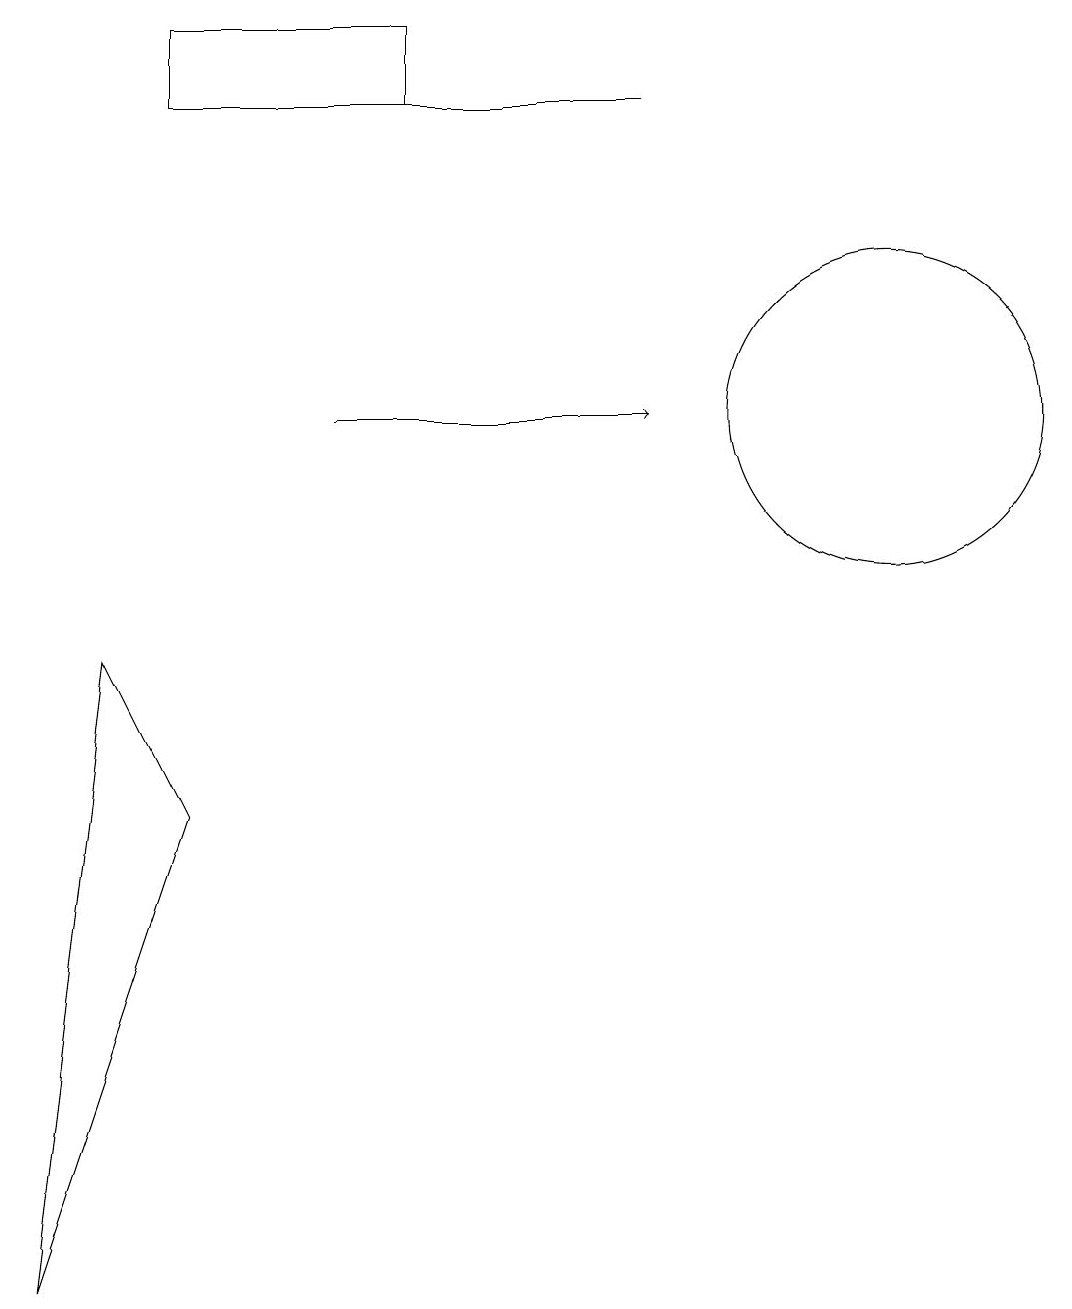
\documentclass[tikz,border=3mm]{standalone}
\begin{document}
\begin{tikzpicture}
\draw (2,15) rectangle (5,16);
\draw (8,15) rectangle (4,15);
\draw (2,6) -- (1,8) -- (0,0) -- cycle;
\draw (11,11) circle (2);
\draw[->] (4,11) -- (8,11);
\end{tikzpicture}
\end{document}